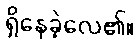
ရှိနေခဲ့လေ၏။